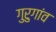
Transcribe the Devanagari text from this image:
गुरुगांव